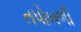
તપોબળી